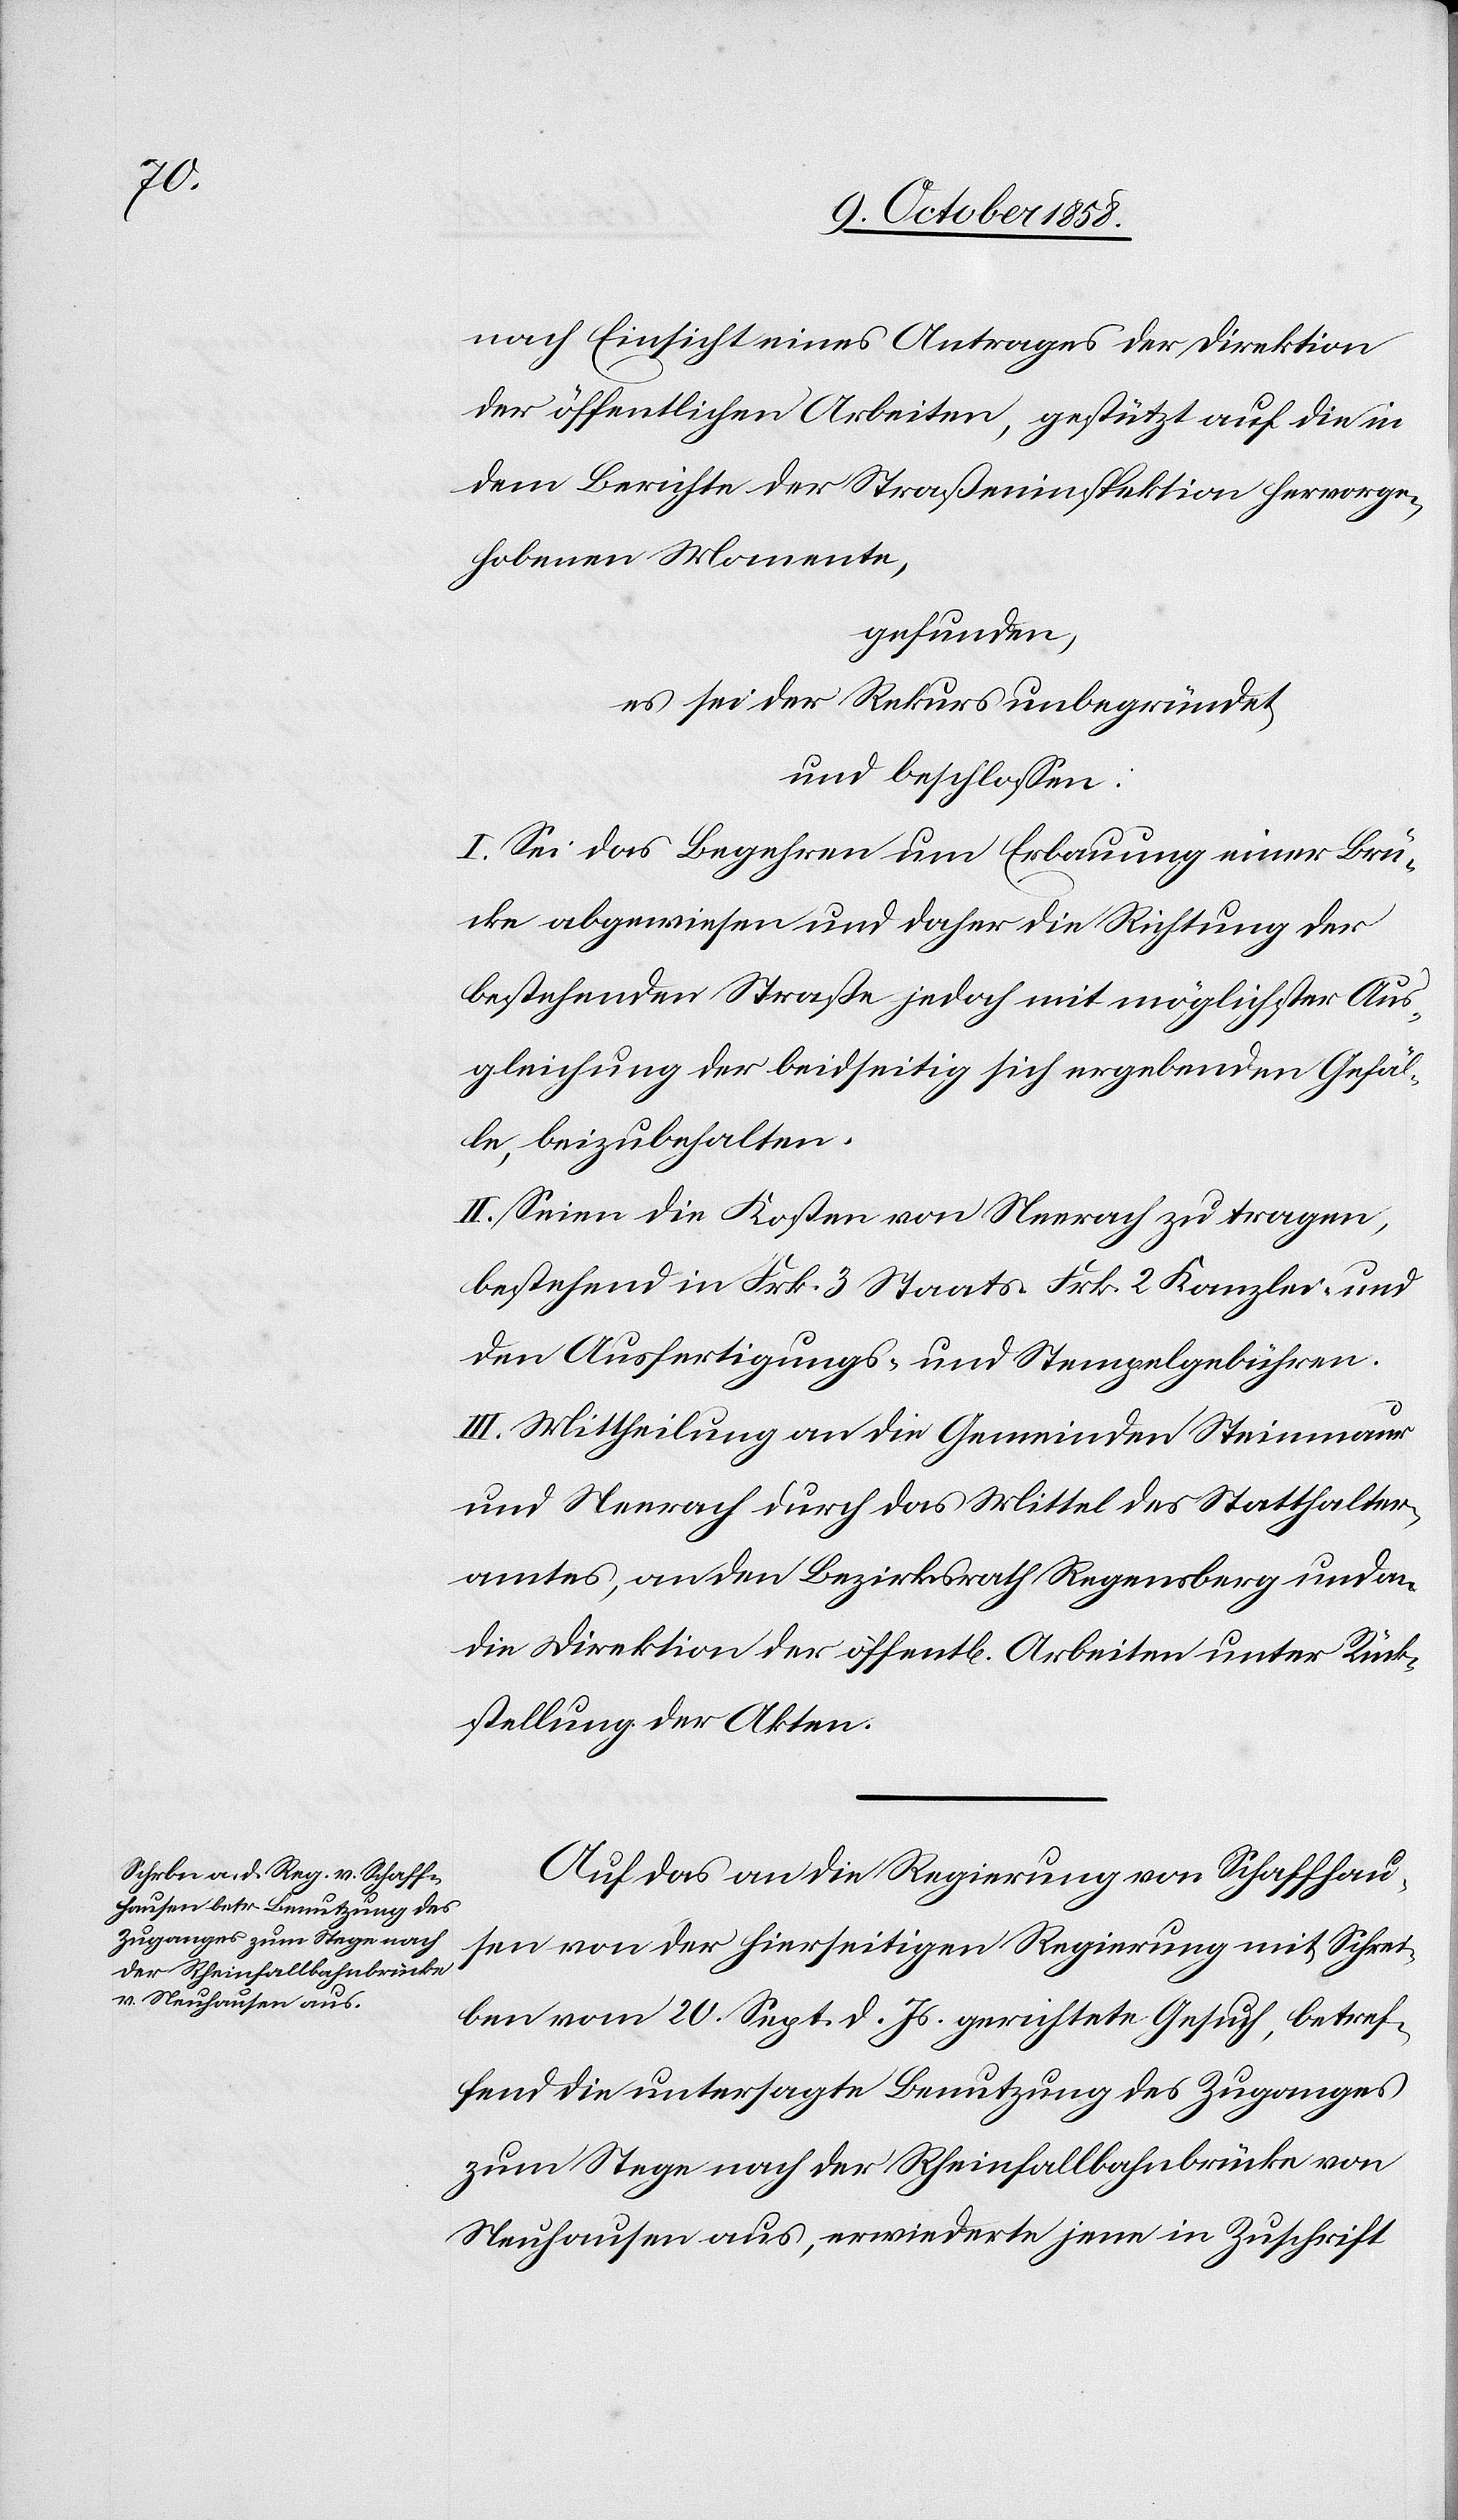
nach Einsicht eines Antrages der Direktion
der öffentlichen Arbeiten, gestützt auf die in
dem Berichte der Straßeninspektion hervorge¬
hobenen Momente,
gefunden,
es sei der Rekurs unbegründet
und beschlossen:
I. Sei das Begehren um Erbauung einer Brü¬
cke abgewiesen und daher die Richtung der
bestehenden Straße jedoch mit möglichster Aus¬
gleichung der beidseitig sich ergebenden Gefäl¬
le, beizubehalten.
II. Seien die Kosten von Neerach zu tragen,
bestehend in Frk. 3 Staats-[,] Frk. 2 Kanzlei- und
den Ausfertigungs- und Stempelgebühren.
III. Mittheilung an die Gemeinden Steinmaur
und Neerach durch das Mittel des Statthalter¬
amtes, an den Bezirksrath Regensberg und an
die Direktion der öffentl[ichen] Arbeiten unter Rück¬
stellung der Akten.
Auf das an die Regierung von Schaffhaus¬
en von der hierseitigen Regierung mit Schrei¬
ben vom 20. Sept. d. Js. gerichtete Gesuch, betref¬
fend die untersagte Benutzung des Zuganges
zum Stege nach der Rheinfallbahnbrücke von
Neuhausen aus, erwiederte jene in Zuschrift